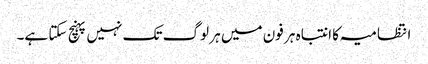
انتظامیہ کا انتباہ ہر فون میں ہر لوگ تک نہیں پہنچ سکتا ہے۔